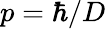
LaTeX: p=\hbar/D